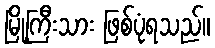
မြို့ကြီးသား ဖြစ်ပုံရသည်။